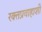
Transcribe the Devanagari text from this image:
रक्तप्रवाहाशी